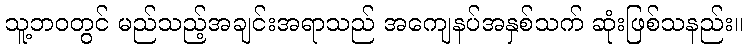
သူ့ဘဝတွင် မည်သည့်အချင်းအရာသည် အကျေနပ်အနှစ်သက် ဆုံးဖြစ်သနည်း။